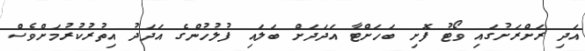
އަދި ރަށްރަށުގައި ވޯޓު ފޮށި ބަހަށްޓާ އަދަދަށް ބަލައި ފުލުހުންގެ އަދަދު އިތުރުކުރުމަށްވެސް